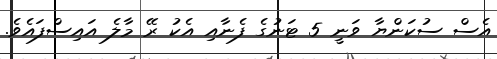
އެސް ސުކަންޔާ ވަނީ 5 ޓަނުގެ ފެނާއި އެކު ރޭ މާލެ އައިސްފައެވެ.